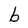
Character: b